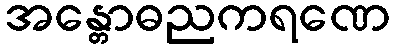
အန္တောဓညကရဏေ